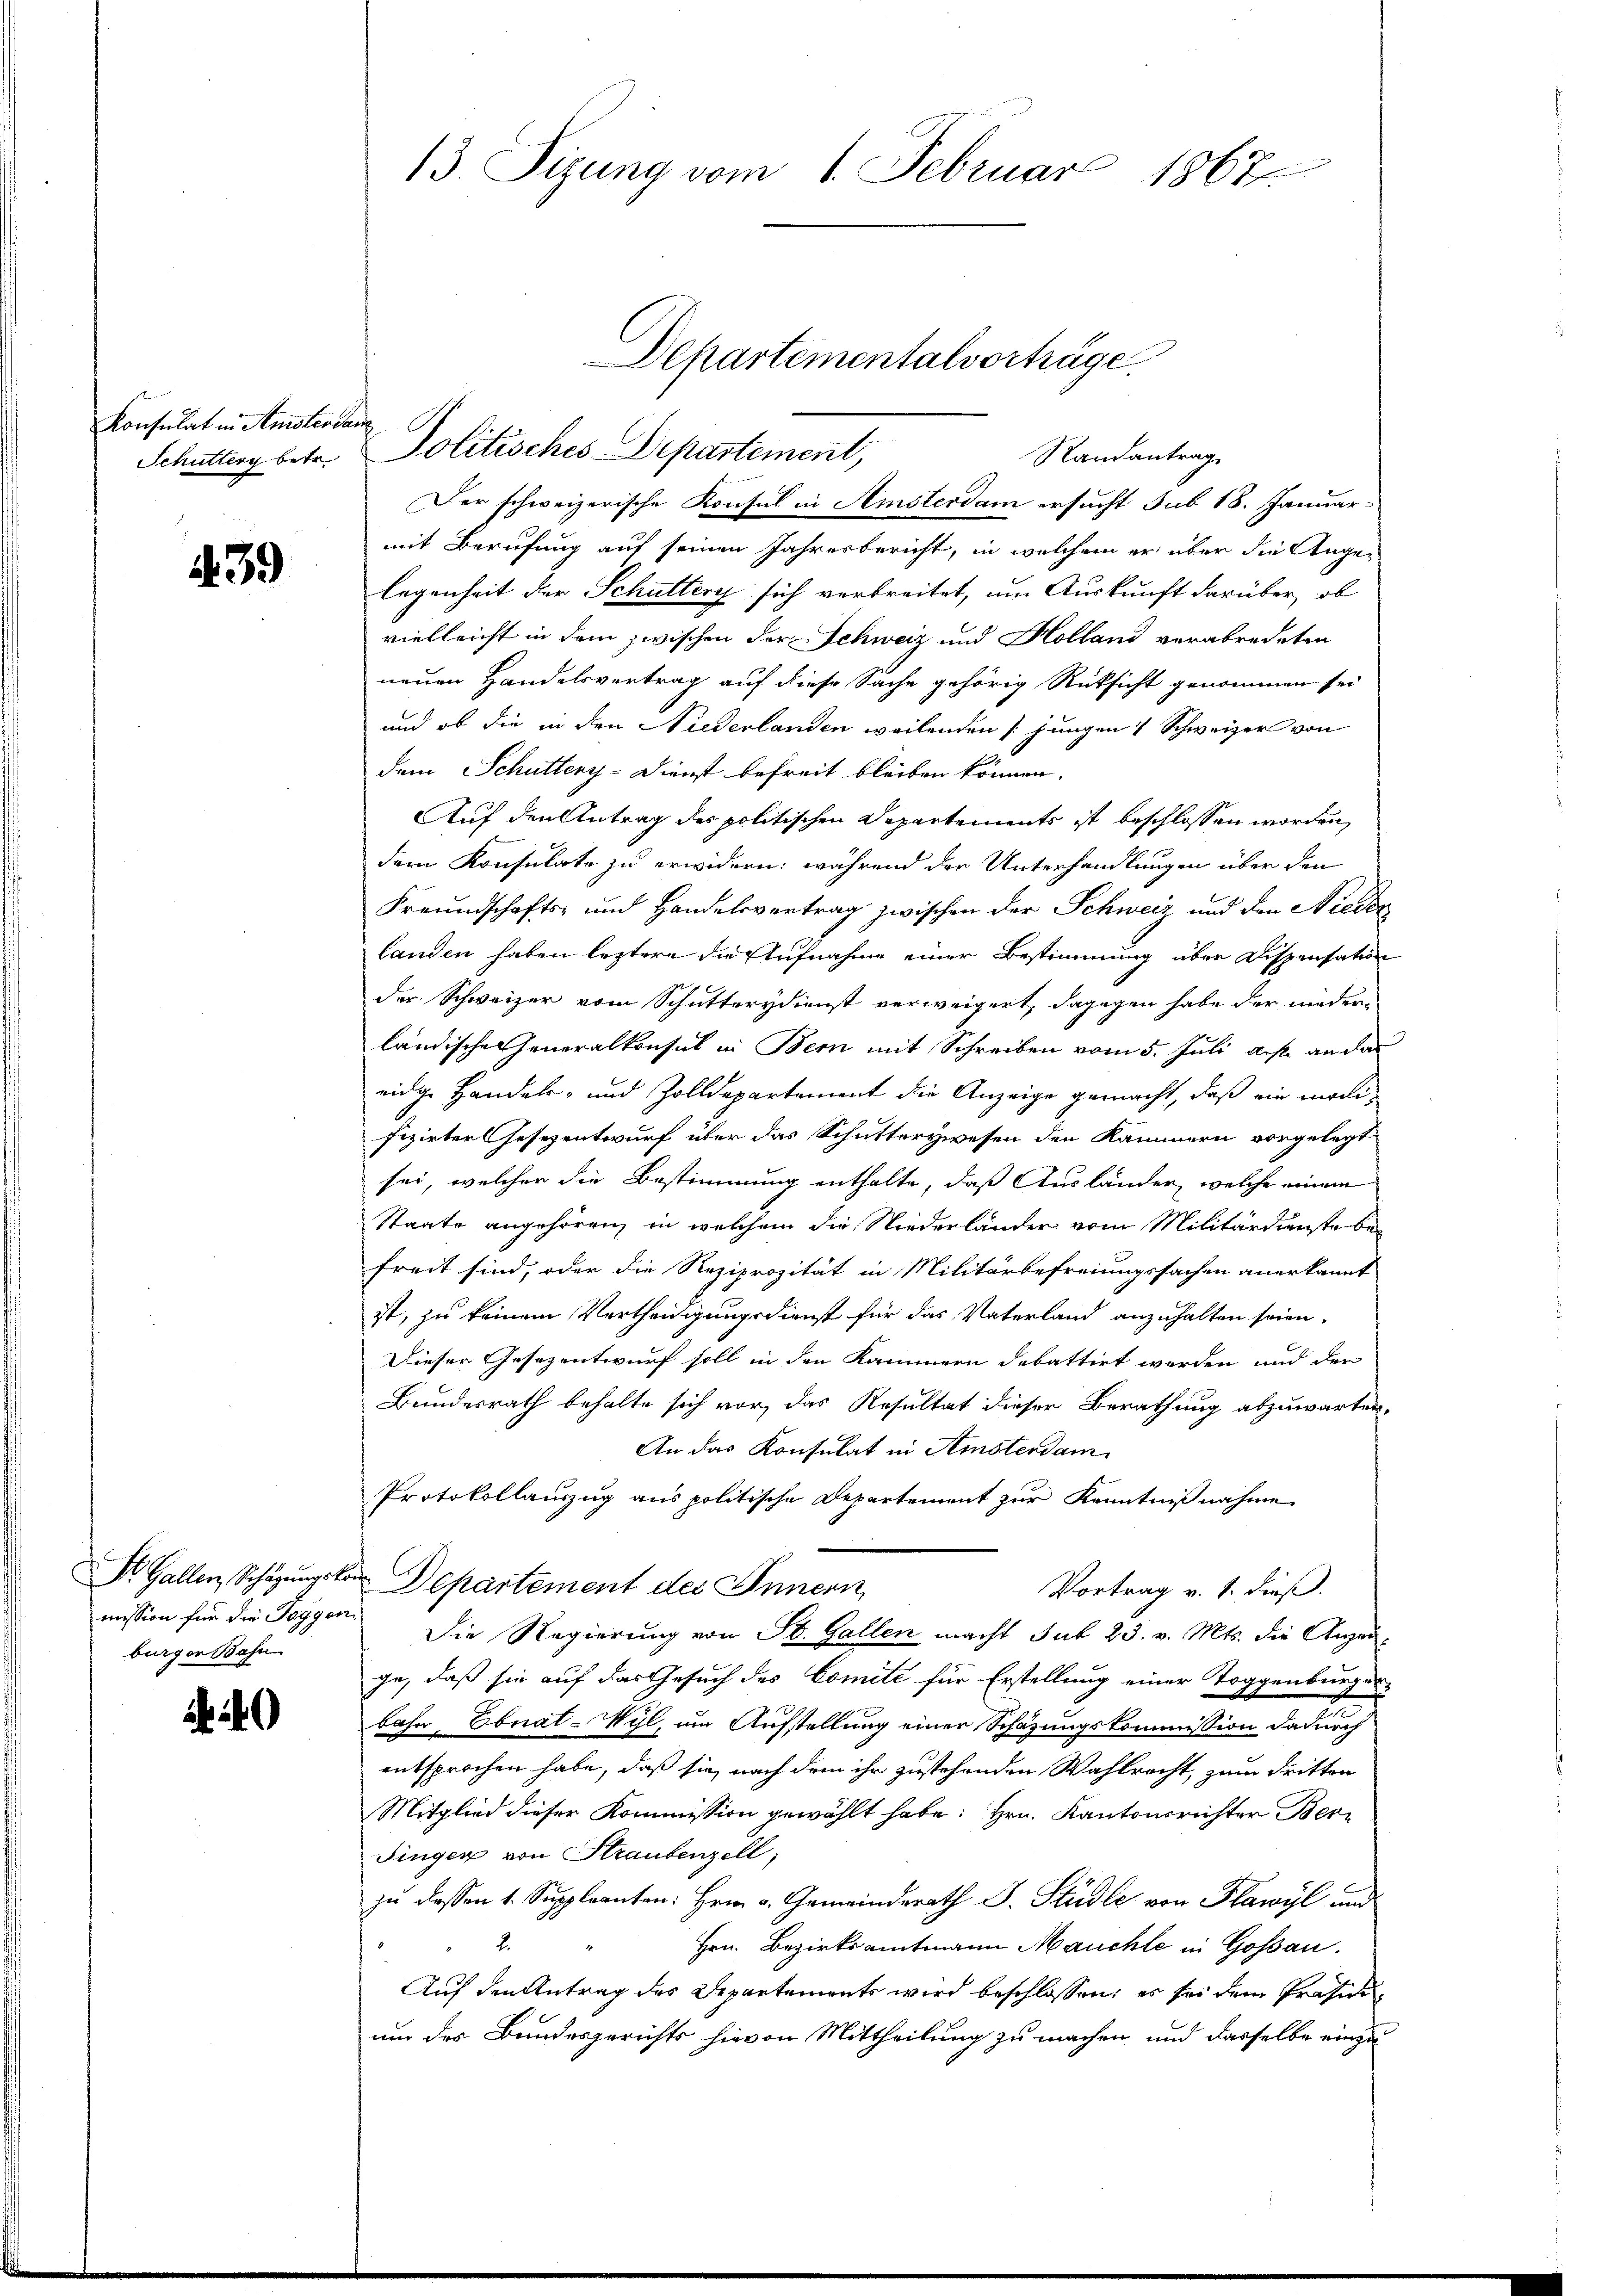
Konsulat in Amsterian
Schütterg betr.

139

burger Bahn

13. Sizung vom 1. Februar 1867.

Der schweizerische Konsul in Amsterdam ersucht sub 18. Januar
mit Berufung auf seinen Jahresbericht, in welchem er über die Angelegenheit der Schüttery sich verbreitet, um Auskunft darüber, ob
vielleicht in dem zwischen der Schweiz und Holland verabredeten
neuen Handelsvertrag auf diese Sache gehörig Rüksicht genommen sei
und ob die in den Niederlanden weilenden /: jungen 1 Schweizer von
dem Schüttery-Dienst befreit bleiben können.
Auf den Antrag des politischen Departements ist beschlossen worden,
dem Konsulate zu erwidern; während der Unterhandlungen über den
Freundschafts- und Handelsvertrag zwischen der Schweiz und den Nieder
landen haben leztere die Aufnahme einer Bestimmung über Dispensation
der Schweizer vom Schutterydienst verweigert, dagegen habe der nieder
ländische Generalkonsul in Bern mit Schreiben vom 5. Juli bist an der
eidige Handels- und Zolldepartement die Anzeige gemacht, daß ein modifizirter Gesezentwurf über das Schutterywesen den Kammern vorgelegt
sei, welcher die Bestimmung enthalte, daß Ausländer, welche einem
Staate angehören, in welchem die Niederländer vom Militärdienste befreit sind, oder die Reziprozität in Militärbefreiungssachen anerkannt
ist, zu keinem Vertheidigungsdienst für das Vaterland anzuhalten seien.
Dieser Gesezentwurf soll in den Kammern debattirt werden und der
Bundesrath behalte sich vor, das Resultat dieser Berathung abzuwarten.
An das Konsulat in Amsterdam
Protokollauszug aus politische Departement zur Kenntnißnahme
Dr. Gallen, Schazung an Departement des Innern,
Vortrag v. 1. dieß.
mission für die Toggen. Die Regierung von St. Gallen macht sub 23. v. Mts. die Anzeige, daß sie auf das Gesuch des Comite für Erstellung einer Toggenburgerbahr Ebnat-Wyl, im Aufstellung einer Schazungskommission dadurch
entsprochen habe, daß sie nach dem ihr zustehenden Wahlrecht, zum dritten
Mitglied dieser Kommission gewählt habe: Hrn. Kantonsrichter Bern
Singer von Straubenzell,
zu dessen 1. Suppleanten: Hrn. v. Gemeinderath J. Stiedle von Plawyl und
2.
Hrn. Bezirksamtmann Mauchte in Goßau.
Auf den Antrag des Departements wird beschlossen; es sei dem Präsid
um des Bundesgerichts hievon Mittheilung zu machen und dasselbe einzu

Departementalvorträge.
Politisches Departement,
Randantrag